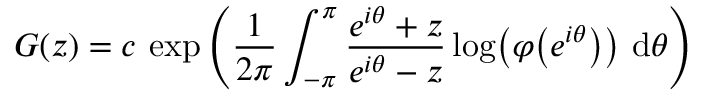
G ( z ) = c \, \exp \left( { \frac { 1 } { 2 \pi } } \int _ { - \pi } ^ { \pi } { \frac { e ^ { i \theta } + z } { e ^ { i \theta } - z } } \log \! \left( \varphi \! \left( e ^ { i \theta } \right) \right) \, \mathrm { d } \theta \right)